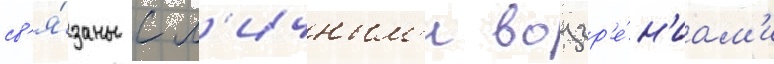
св'я́заны с л'ичным'и воззр'е́н'иам'и